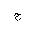
Letter: _ha